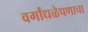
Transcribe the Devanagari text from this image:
वर्गांधळेपणाचा